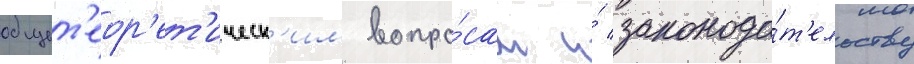
общет'еор'ет'ическ'им вопро́сам и́ законода́т'ельству